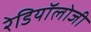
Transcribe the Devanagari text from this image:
रेडियॉलोजी